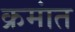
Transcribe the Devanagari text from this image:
क्रमांत